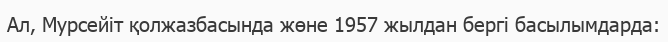
Ал, Мурсейіт қолжазбасында жөне 1957 жылдан бергі басылымдарда: